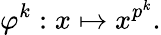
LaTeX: \varphi^{k}:x\mapsto x^{p^{k}}.